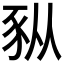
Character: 𫎆